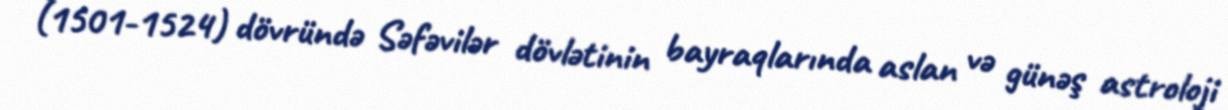
(1501-1524) dövründə Səfəvilər dövlətinin bayraqlarında aslan və günəş astroloji